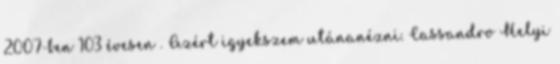
2007-ben 103 évesen . Azért igyekszem utánanézni. Cassandro Ħelyi